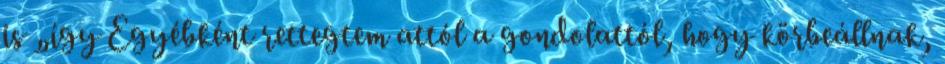
is „így Egyébként rettegtem attól a gondolattól, hogy körbeállnak,